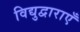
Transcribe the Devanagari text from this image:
विद्युद्वाराएँ